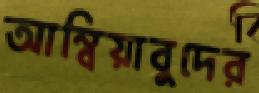
আম্বিয়াবুদের